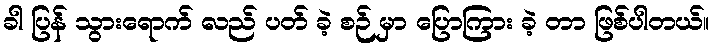
ခါ ပြန် သွားရောက် လည် ပတ် ခဲ့ စဉ် မှာ ပြောကြား ခဲ့ တာ ဖြစ်ပါတယ်။